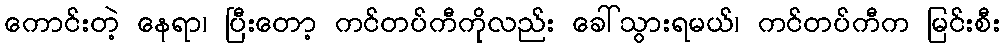
ကောင်းတဲ့ နေရာ၊ ပြီးတော့ ကင်တပ်ကီကိုလည်း ခေါ်သွားရမယ်၊ ကင်တပ်ကီက မြင်းစီး